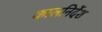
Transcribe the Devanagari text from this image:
कालनिर्देश